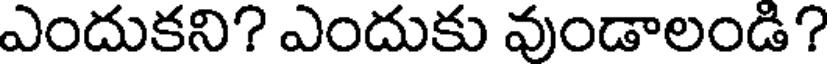
ఎందుకని? ఎందుకు వుండాలండి?